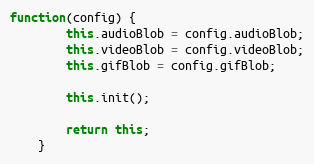
Language: JavaScript
function(config) {
        this.audioBlob = config.audioBlob;
        this.videoBlob = config.videoBlob;
        this.gifBlob = config.gifBlob;

        this.init();

        return this;
    }